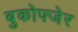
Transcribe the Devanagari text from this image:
बुकोफ्जेर